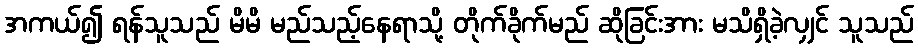
အကယ်၍ ရန်သူသည် မိမိ မည်သည့်နေရာသို့ တိုက်ခိုက်မည် ဆိုခြင်းအား မသိရှိခဲ့လျှင် သူသည်